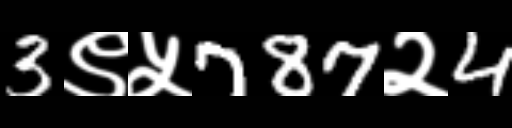
Text: 3९५787२4